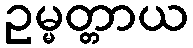
ဥမ္မတ္တာယ